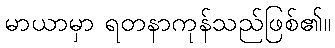
မာယာမှာ ရတနာကုန်သည်ဖြစ်၏။